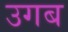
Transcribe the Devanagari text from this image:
उगब